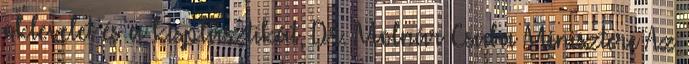
oklevelet és a kisplasztikát, Dr. Molnár Csaba Minisztere Az